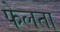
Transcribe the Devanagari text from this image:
फेलता